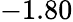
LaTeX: -1.80